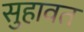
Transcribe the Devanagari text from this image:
सुहावत